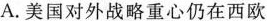
A.美国对外战略重心仍在西欧